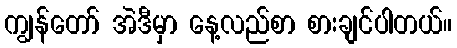
ကျွန်တော် အဲဒီမှာ နေ့လည်စာ စားချင်ပါတယ်။